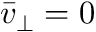
\bar { v } _ { \perp } = 0